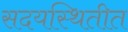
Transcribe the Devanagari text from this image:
सदयस्थितीत